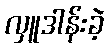
လှူဒါန်းခဲ့